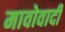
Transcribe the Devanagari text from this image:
मावोवादी